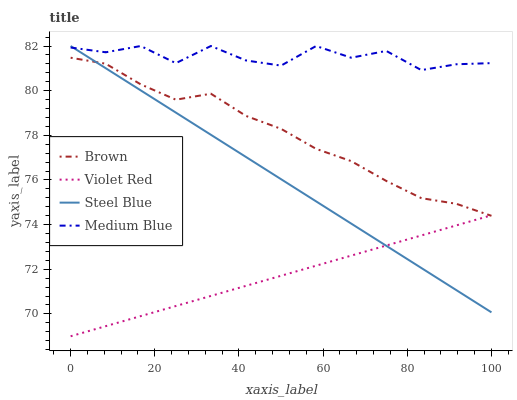
| xaxis_label | Brown | Violet Red | Steel Blue | Medium Blue |
 | --- | --- | --- | --- | --- |
 | 0 | 81.5 | 69 | 82 | 81.9 |
 | 8.33 | 81.2 | 69.5 | 81 | 81.7 |
 | 16.7 | 80.3 | 69.9 | 80 | 82 |
 | 25 | 79.6 | 70.4 | 79 | 81.2 |
 | 33.3 | 79.9 | 70.8 | 78 | 82 |
 | 41.7 | 78.9 | 71.3 | 77 | 81.4 |
 | 50 | 78.3 | 71.7 | 76 | 81.1 |
 | 58.3 | 77.4 | 72.2 | 75 | 82 |
 | 66.7 | 76.8 | 72.6 | 74 | 81.5 |
 | 75 | 76 | 73.1 | 73.1 | 81.8 |
 | 83.3 | 75.2 | 73.5 | 72.1 | 80.9 |
 | 91.7 | 74.9 | 74 | 71.1 | 81.2 |
 | 100 | 74.4 | 74.4 | 70.1 | 81.2 |